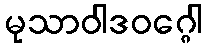
မုသာဝါဒဝဂ္ဂေါ